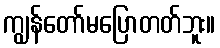
ကျွန်တော်မပြောတတ်ဘူး။